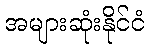
အများဆုံးနိုင်ငံ